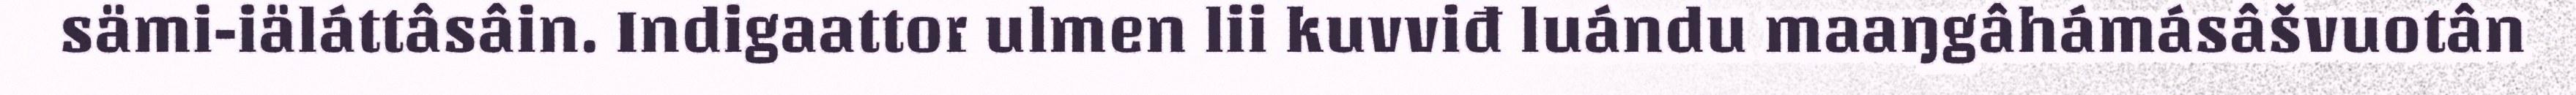
sämi-iäláttâsâin. Indigaattor ulmen lii kuvviđ luándu maaŋgâhámásâšvuotân